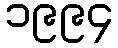
၁၉၉၄